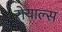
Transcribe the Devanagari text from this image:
रोयाल्स